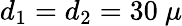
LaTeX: d_{1}=d_{2}=30\ \mu